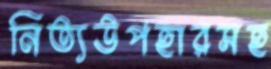
নিত্যউপহারসহ